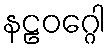
နဠဝဂ္ဂေါ